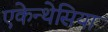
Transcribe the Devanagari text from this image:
एकेन्थेसिया